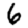
Digit: 6